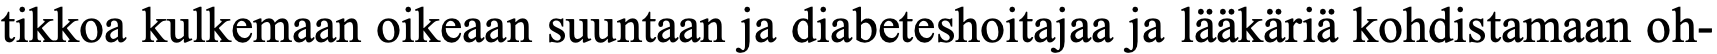
tikkoa kulkemaan oikeaan suuntaan ja diabeteshoitajaa ja lääkäriä kohdistamaan oh-